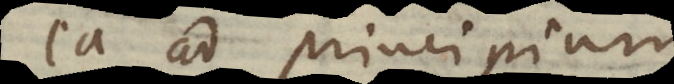
ea ad principium